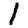
Digit: 1